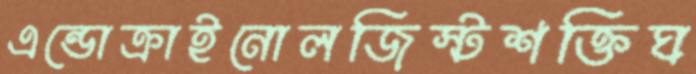
এন্ডোক্রাইনোলজিস্টশক্তিঘ